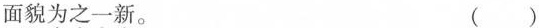
面貌为之一新。 ( )